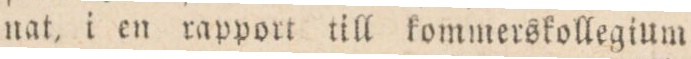
nat, i en rapport till kommerskollegium